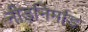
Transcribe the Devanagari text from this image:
नीड़निर्माड़